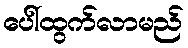
ပေါ်ထွက်လာမည်